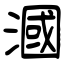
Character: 漍